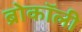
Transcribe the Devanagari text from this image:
ब्रोकॉली